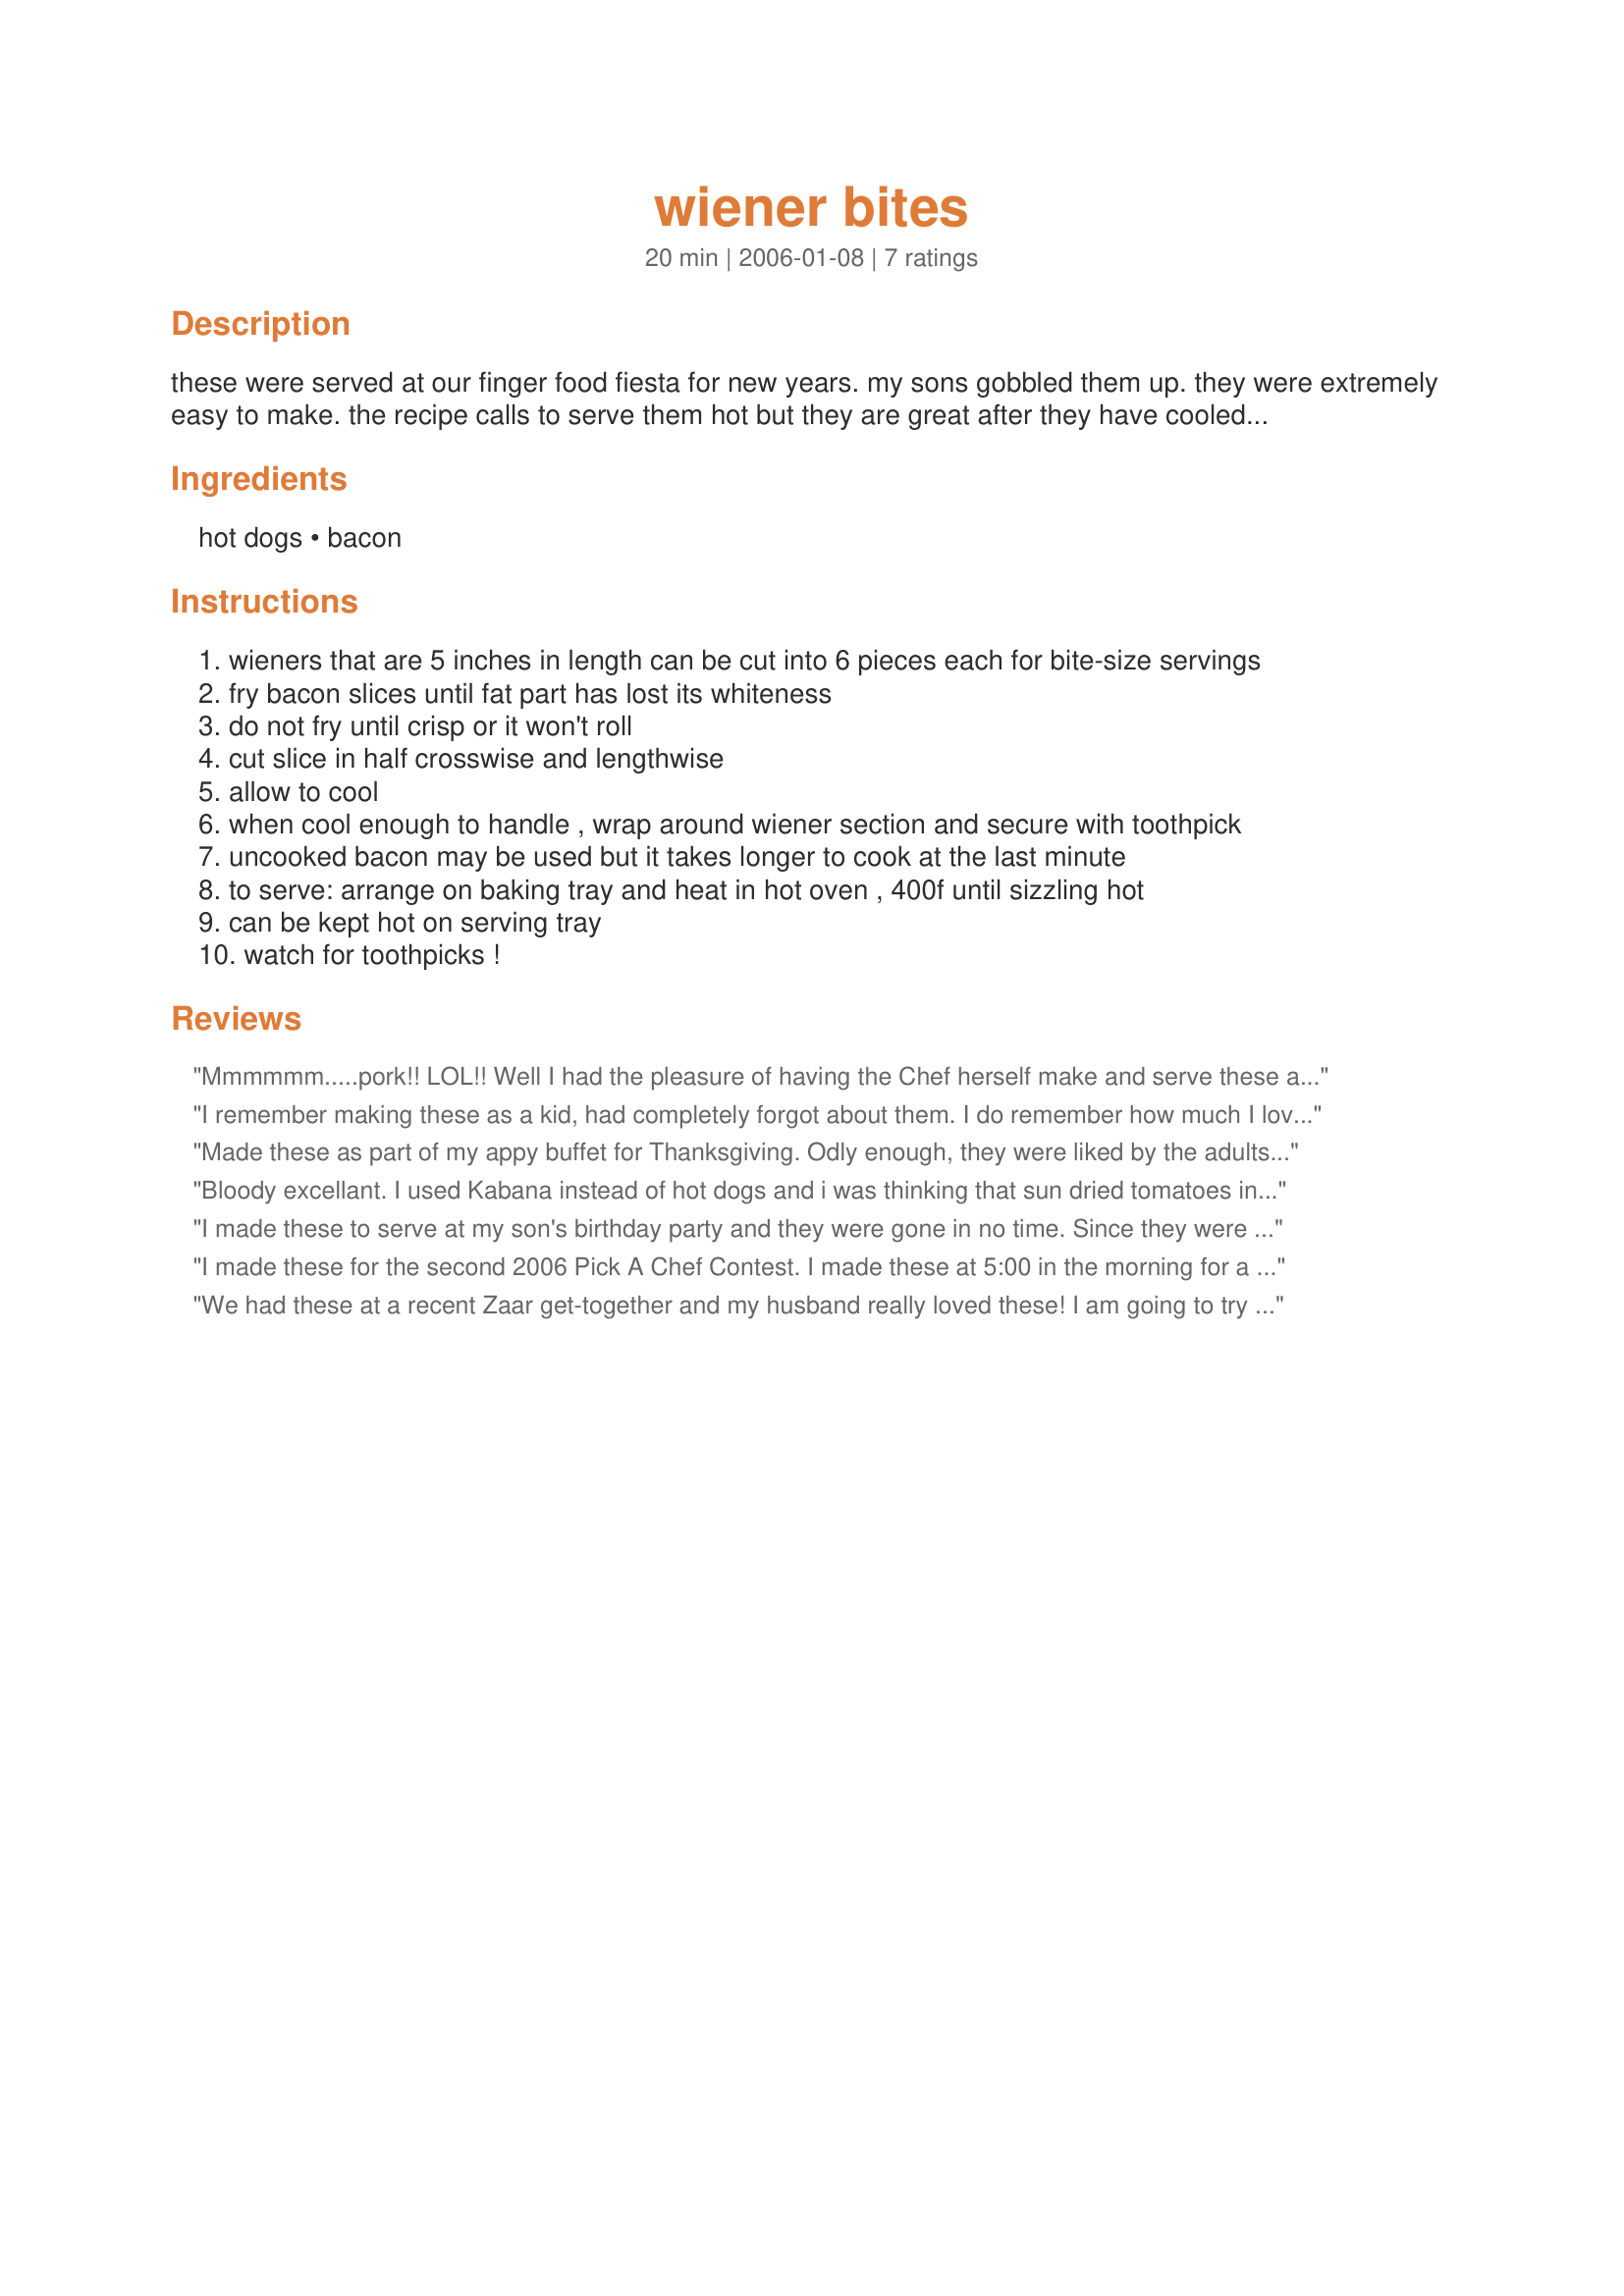
wiener bites
Preparation time: 20 minutes

these were served at our finger food fiesta for new years. my sons gobbled them up. they were extremely easy to make. the recipe calls to serve them hot but they are great after they have cooled down as well. from company's coming - appetizers - by jean paré.

Ingredients:
hot dogs, bacon

Steps:
wieners that are 5 inches in length can be cut into 6 pieces each for bite-size servings
fry bacon slices until fat part has lost its whiteness
do not fry until crisp or it won't roll
cut slice in half crosswise and lengthwise
allow to cool
when cool enough to handle , wrap around wiener section and secure with toothpick
uncooked bacon may be used but it takes longer to cook at the last minute
to serve: arrange on baking tray and heat in hot oven , 400f until sizzling hot
can be kept hot on serving tray
watch for toothpicks !

Reviews:
Mmmmmm.....pork!! LOL!!
Well I had the pleasure of having the Chef herself make and serve these at a recent Zaar get together, and what else can I say except Yummo!
I think this would be a real kid pleasing recipe, I will make them for my daughter soon.
Thanks Saturn!!
I remember making these as a kid, had completely forgot about them. I do remember how much I loved them. Thanks for bringing back a fond memory.
Made these as part of my appy buffet for Thanksgiving. Odly enough, they were liked by the adults more then the kids. LoL! :)
Bloody excellant. I used Kabana instead of hot dogs and i was thinking that sun dried tomatoes in them would be nice too.
I made these to serve at my son's birthday party and they were gone in no time. Since they were so easy to make, I let the girls help me, which they really enjoyed. I served these with a jalapeno mustard dipping sauce. Absolutely yummy! Thanks for sharing the recipe.
I made these for the second 2006 Pick A Chef Contest. I made these at 5:00 in the morning for a dinner at work. I had to have my daughter at the sitter by 5:30. It took very little time to make and was extremely easy!! They were also extremely yummy!! I used honey maple bacon and WOW did that give it just a good kick also. A little sweetness to this was GREAT!!! They were devoured!! I am definatly keeping this one handy and KUDOS to Saturn!!!
We had these at a recent Zaar get-together and my husband really loved these! I am going to try making them with smoked German wieners - that would really be good!
